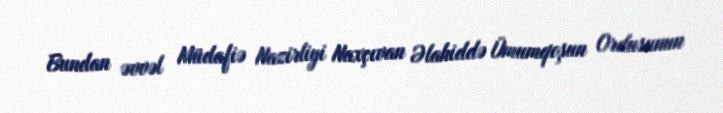
Bundan əvvəl Müdafiə Nazirliyi Naxçıvan Əlahiddə Ümumqoşun Ordusunun